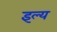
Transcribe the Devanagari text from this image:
इल्य